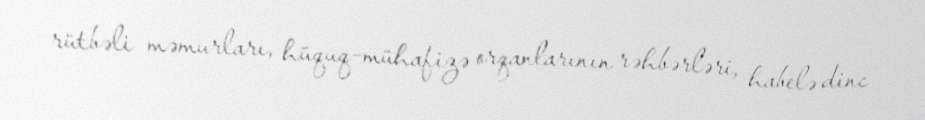
rütbəli məmurları, hüquq-mühafizə orqanlarının rəhbərləri, habelə dinc